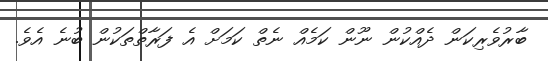
ބާރުވެރިކަން ދެއްކުން ނޫން ކަމެއް ނެތް ކަމަށް އެ ފަރާތްތަކުން ބުނެ އެވެ.